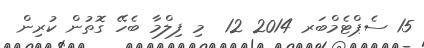
15 ސެޕްޓެމްބަރ 2014 12  މި ފިލްމާ ބެހޭ ގޮތުން ކުރިން